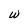
Character: W